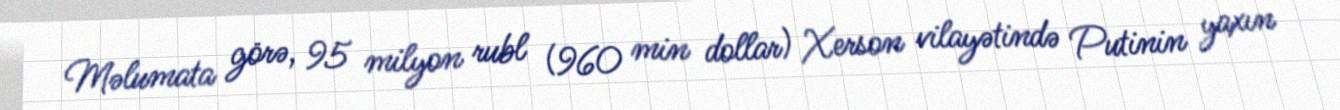
Məlumata görə, 95 milyon rubl (960 min dollar) Xerson vilayətində Putinin yaxın